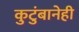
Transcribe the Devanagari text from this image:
कुटुंबानेही